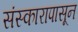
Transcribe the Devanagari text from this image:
संस्कारापासून